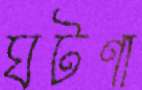
ঘটণা